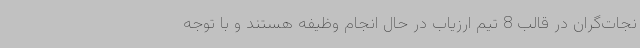
نجات‌گران در قالب 8 تیم ارزیاب در حال انجام وظیفه هستند و با توجه